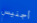
أجنيس